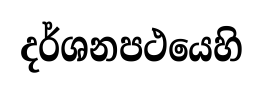
දර්ශනපථයෙහි